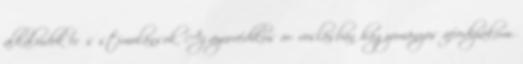
alkaloidok erős stimulánsok. Az ayurvédikus or- voslásban hagyományos afrodiziákum.